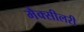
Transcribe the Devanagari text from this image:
मैक्सीलरी